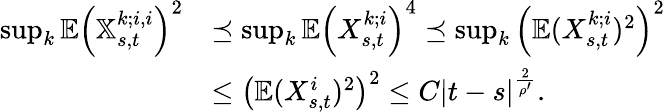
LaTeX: \begin{array}{rl}{\operatorname*{sup}_{k}\mathbb{E}\left(\mathbb{X}_{s,t}^{k;i,i}\right)^{2}}&{\preceq\operatorname*{sup}_{k}\mathbb{E}\left(X_{s,t}^{k;i}\right)^{4}\preceq\operatorname*{sup}_{k}\left(\mathbb{E}(X_{s,t}^{k;i})^{2}\right)^{2}}\\ &{\leq\left(\mathbb{E}(X_{s,t}^{i})^{2}\right)^{2}\leq C\left|t-s\right|^{\frac{2}{\rho^{\prime}}}.}\end{array}